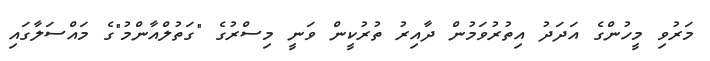
މަރުވި މީހުންގެ އަދަދު އިތުރުވަމުން ދާއިރު ތުރުކީން ވަނީ މިސްރުގެ "ގަތުލްއާންމު"ގެ މައްސަލާގައި